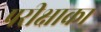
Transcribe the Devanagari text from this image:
परीक्षाका